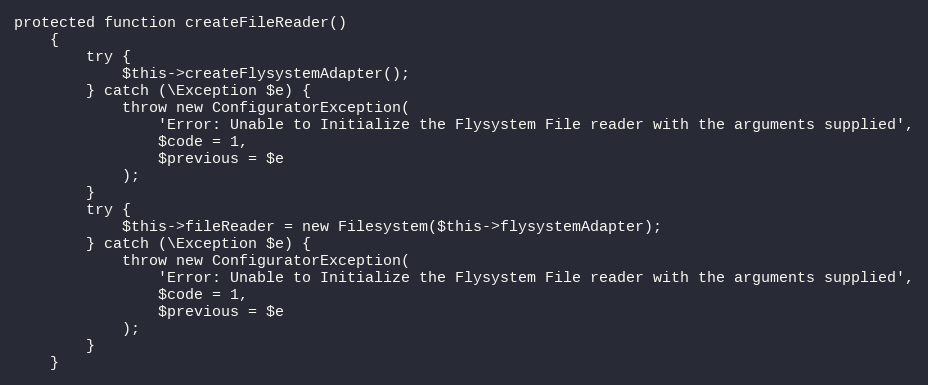
Language: PHP
protected function createFileReader()
    {
        try {
            $this->createFlysystemAdapter();
        } catch (\Exception $e) {
            throw new ConfiguratorException(
                'Error: Unable to Initialize the Flysystem File reader with the arguments supplied',
                $code = 1,
                $previous = $e
            );
        }
        try {
            $this->fileReader = new Filesystem($this->flysystemAdapter);
        } catch (\Exception $e) {
            throw new ConfiguratorException(
                'Error: Unable to Initialize the Flysystem File reader with the arguments supplied',
                $code = 1,
                $previous = $e
            );
        }
    }